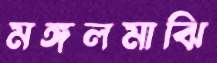
মঙ্গলমাঝি